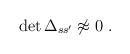
LaTeX: \begin{align*}{\rm det}\,\Delta_{ss'}\not{\!\!\approx}\ 0\ .\end{align*}